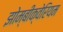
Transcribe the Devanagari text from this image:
झोम्बीक्वेरियम